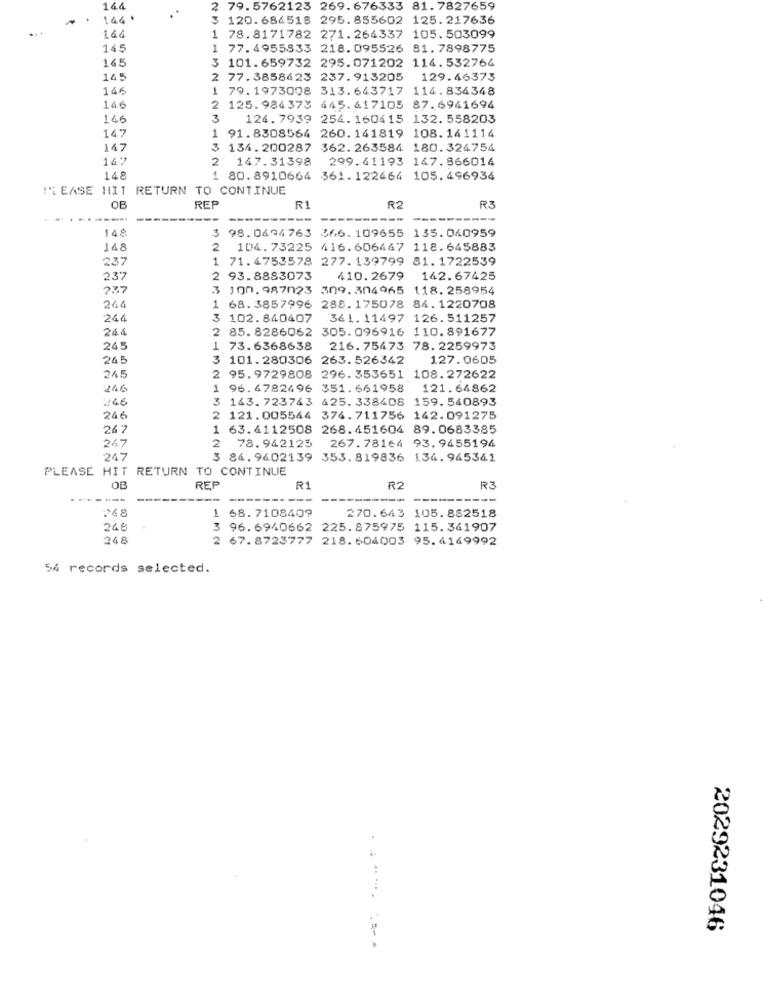
14.4
2 79.5762123 269.676333
81. 7827659
146
3 120.686518 295.855602 125. 217636
164
1 78.8171782 271.264337 105.503099
145
1 77.4955833 218. 095526 81. 7898775
165
3 101.659732 295.071202 114.532764
145
2 77.3858623 237.913205
129.46373
146
1 79.1973008 313.643717 114.834348
146
2 125. 984373 445.617105 87.6941694
146
3
124. 7939 254. 160415 132. 558203
147
91.8308564 260.141819 108.141114
147
134.200287 362. 263584 180.324754
14.
2 147.31398
299.41193 147.866014
148
1 80.8910664 361.122464 105.496934
11 EASE HIT RETURN TO CONTINUE
OB
REP
R1
R2
R3
148
3
98.0494763 366.109655 135.040959
148
2 104.73225 416.606447 118.645883
237
1 71.4753578 277. 139799 81. 1722539
237
2 93.8883073
410.2679
142.67425
237
3 100.987023 309.304965 118. 258954
246
1 68.3857996 288. 175078 84. 1220708
24€
3 102.840407
361. 11497 126. 511257
24.4
2 85. 8286062 305.096916 110.891677
245
1 73.6368638
216.75473 78. 2259973
245
3 101.280306 263.526342
127.0605
245
2 95.9729808 296. 353651 108. 272622
246
1 96.4782496 351.661958
121.64862
246
3 143. 723743 425. 338408 159. 540893
246
2 121.005544 374.711756 142.091275
26 7
1 63.4112508 268.451604 89.0683385
267.78164 93. 9455194
247
2 78.942125
247
3 84.9402139 353. 819836 134.945341
PLEASE HIT RETURN TO CONTINUE
OB
REF
R1
R2
R3
----
248
1 68. 7108409
270.643 105.882518
248
3
96.6940662 225.875975 115.341907
248
2 67.8723777 218.604003 95.4149992
54 records selected.
2029231046
........